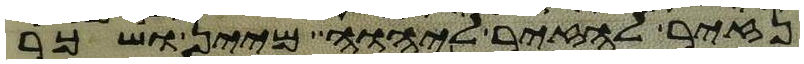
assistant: נזיר להזיר ליהוה מיין ושכר